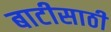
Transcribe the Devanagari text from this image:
बाटीसाठी